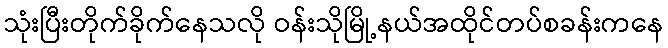
သုံးပြီးတိုက်ခိုက်နေသလို ဝန်းသိုမြို့နယ်အထိုင်တပ်စခန်းကနေ